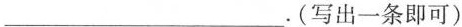
___.(写出一条即可)